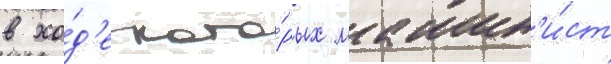
в хо́д'е кото́рых машин'и́ст